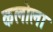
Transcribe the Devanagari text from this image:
कलोला